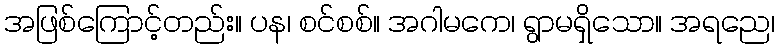
အဖြစ်ကြောင့်တည်း။ ပန၊ စင်စစ်။ အဂါမကေ၊ ရွာမရှိသော။ အရညေ၊